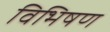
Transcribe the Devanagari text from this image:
विभिषण